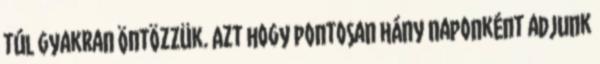
túl gyakran öntözzük. Azt hogy pontosan hány naponként adjunk